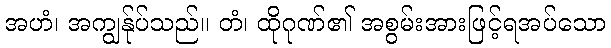
အဟံ၊ အကျွန်ုပ်သည်။ တံ၊ ထိုဂုဏ်၏ အစွမ်းအားဖြင့်ရအပ်သော